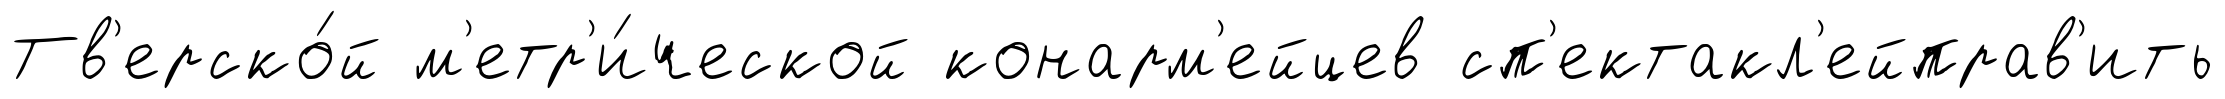
Тв'ерско́й м'етр'и́ческой конарм'ейцев сп'ектакл'ейправ'ить